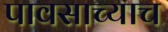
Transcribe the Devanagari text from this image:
पावसाच्याच